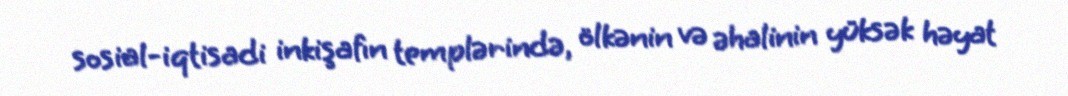
sosial-iqtisadi inkişafın templərində, ölkənin və əhalinin yüksək həyat